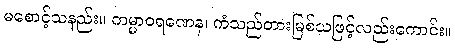
မစောင့်သနည်း။ ကမ္မာဝရဏေန၊ ကံသည်တားမြစ်သဖြင့်လည်းကောင်း။